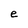
Character: e